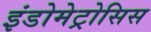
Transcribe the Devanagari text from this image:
इंडोमेट्रोसिस